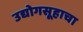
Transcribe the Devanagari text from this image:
उद्योगसूहाचा